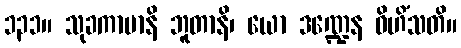
၁၃၁။ သုခကာမာနိ ဘူတာနိ၊ ယော ဒဏ္ဍေန ဝိဟိံသတိ။